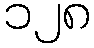
၁၂၈